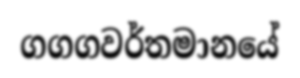
ගගගවර්තමානයේ